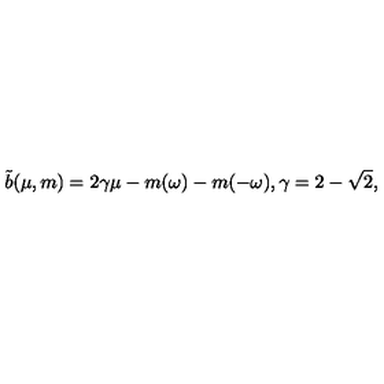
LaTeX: \tilde { b } ( \mu , m ) = 2 \gamma \mu - m ( \omega ) - m ( - \omega ) , \gamma = 2 - \sqrt { 2 } ,